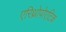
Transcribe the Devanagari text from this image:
एरिथ्रोपोएटिक